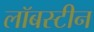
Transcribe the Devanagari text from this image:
लॉबस्टीन